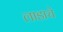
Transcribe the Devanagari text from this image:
लाडाचे